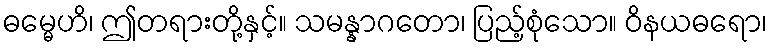
ဓမ္မေဟိ၊ ဤတရားတို့နှင့်။ သမန္နာဂတော၊ ပြည့်စုံသော။ ဝိနယဓရော၊